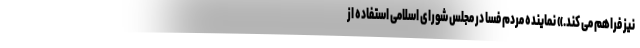
نیز فراهم می کند.» نماینده مردم فسا در مجلس شورای اسلامی استفاده از